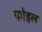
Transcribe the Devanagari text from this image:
फोइल